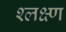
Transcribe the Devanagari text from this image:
श्लक्ष्ण